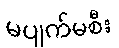
မပျက်မစီး